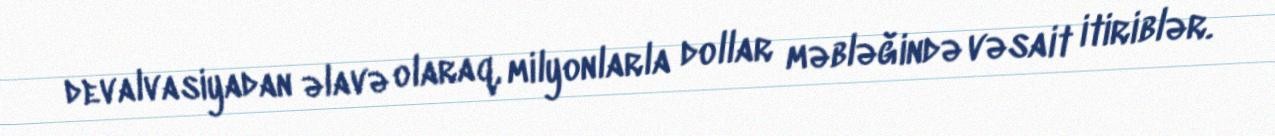
devalvasiyadan əlavə olaraq, milyonlarla dollar məbləğində vəsait itiriblər.